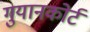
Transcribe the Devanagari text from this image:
गुयानकोर्ट